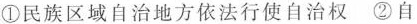
①民族区域自治地方依法行使自治权 ②自